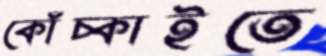
কোঁচ্‌কাইতে